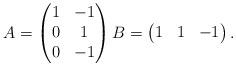
LaTeX: \begin{align*}A = \begin{pmatrix}1 & -1\\0 & 1\\0& - 1\end{pmatrix} B = \begin{pmatrix}1&1&-1\end{pmatrix}.\end{align*}